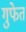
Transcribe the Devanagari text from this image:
गुफेत